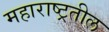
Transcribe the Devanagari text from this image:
महाराष्ट्रतील